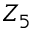
Z _ { 5 }